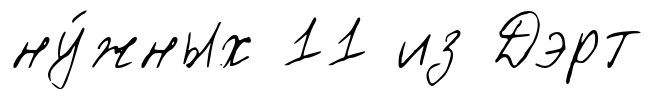
ну́жных 11 из Дэрт